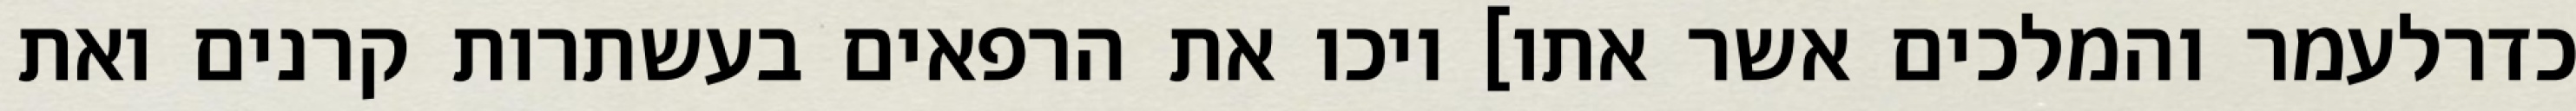
כדרלעמר והמלכים אשר אתו] ויכו את הרפאים בעשתרות קרנים ואת